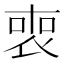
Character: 𠷫